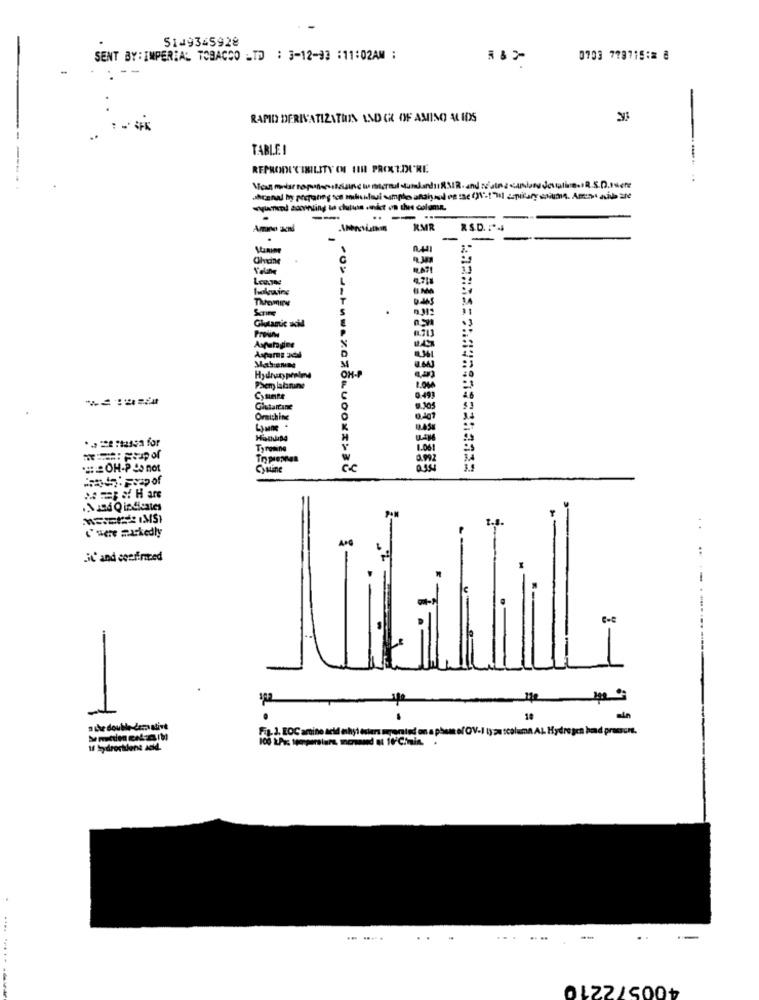
5149345928
SENT BY:IMPERIAL TOBACCO -TD : 3-12-33 :11:02AM :
0703 778715:2 8
RAPID DERIVATIZATIIN AND CH OF AMINO AL IDS
TABLE !
REPRODI'C IBILITY OF HIHI PROXT.DU'RE
-squareol according to chalus .ist on the column.
.-.
Amino xml
RMR
RS.D. :* 4
.
-
-
C
RATI
L
4.718
T
Some
Glutarút uci
Preiin
Avutogine
34
Hydratypealen
OH-
Phem labrun
1.04
Chante
0.499
Giutartane
Ormichine
0.407
Ty rosine
SOH-P no
Cyline
%conuoox === {
Luere markedly
. .
JC and confirmed
--
ye
18
ain
a the double-dermativt
Fig. 3. EOC artine acid ethyl esters mperated on a phem of OV-1 1) zu scoluma AL. Hydrogen had procom.
if hydrochilens acid.
..
..
.. ..
400572210